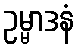
ဥမ္မာဒနံ